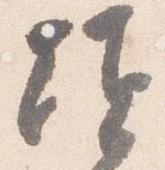
頃